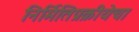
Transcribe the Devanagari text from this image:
निर्मितिप्रक्रीयेचा